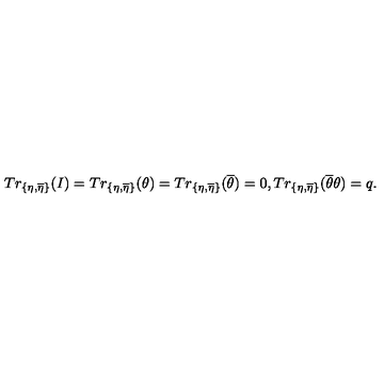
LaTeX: T r _ { \{ \eta , \overline { { \eta } } \} } ( I ) = T r _ { \{ \eta , \overline { { \eta } } \} } ( \theta ) = T r _ { \{ \eta , \overline { { \eta } } \} } ( \overline { { \theta } } ) = 0 , T r _ { \{ \eta , \overline { { \eta } } \} } ( \overline { { \theta } } \theta ) = q .